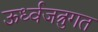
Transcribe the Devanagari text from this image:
ऊर्ध्वजत्रुगत